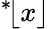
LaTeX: {}^{*}\! \lfloor x\rfloor